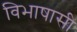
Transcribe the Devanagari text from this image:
विभाषासी